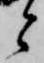
と